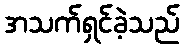
အသက်ရှင်ခဲ့သည်